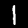
Digit: 1